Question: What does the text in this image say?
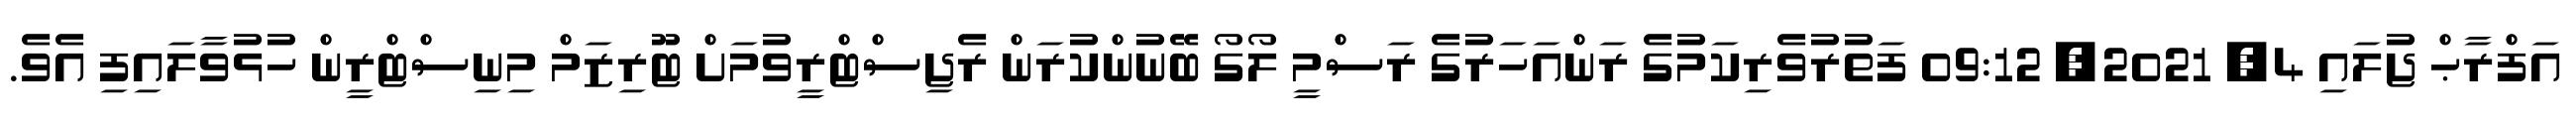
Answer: އަފްރާޙް ޖުލައި 4, 2021, 09:12 ފަތުރުވެރިކަމުގެ ރަންއަހަރުގެ ރަސްމީ ލޯގޯ ބޭނުންކުރަން ރެޖިސްޓްރީވުމަށް ޓޫރިޒަމް މިނިސްޓްރީން ހުޅުވާލައިފި އެވެ.